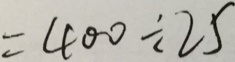
= 4 0 0 \div 2 5